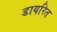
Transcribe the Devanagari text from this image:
डायरित